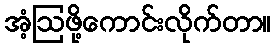
အံ့ဩဖို့ကောင်းလိုက်တာ။